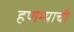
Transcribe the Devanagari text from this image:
हणम्याची